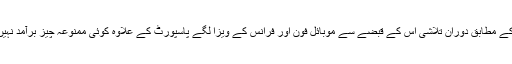
ذرائع کے مطابق دوران تلاشی اس کے قبضے سے موبائل فون اور فرانس کے ویزا لگے پاسپورٹ کے علاوہ کوئی ممنوعہ چیز برآمد نہیں ہوئی۔